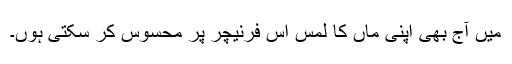
میں آج بھی اپنی ماں کا لمس اس فرنیچر پر محسوس کر سکتی ہوں۔